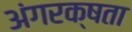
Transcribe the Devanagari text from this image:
अंगरक्षता